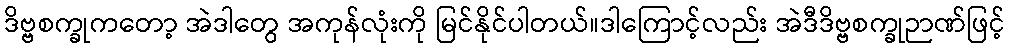
ဒိဗ္ဗစက္ခုကတော့ အဲဒါတွေ အကုန်လုံးကို မြင်နိုင်ပါတယ်။ဒါကြောင့်လည်း အဲဒီဒိဗ္ဗစက္ခုဉာဏ်ဖြင့်